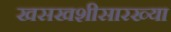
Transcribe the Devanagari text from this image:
खसखशीसारख्या